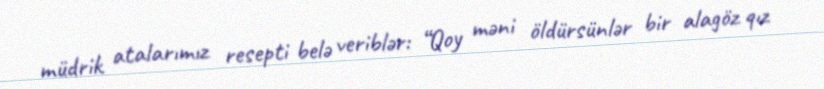
müdrik atalarımız resepti belə veriblər: “Qoy məni öldürsünlər bir alagöz qız